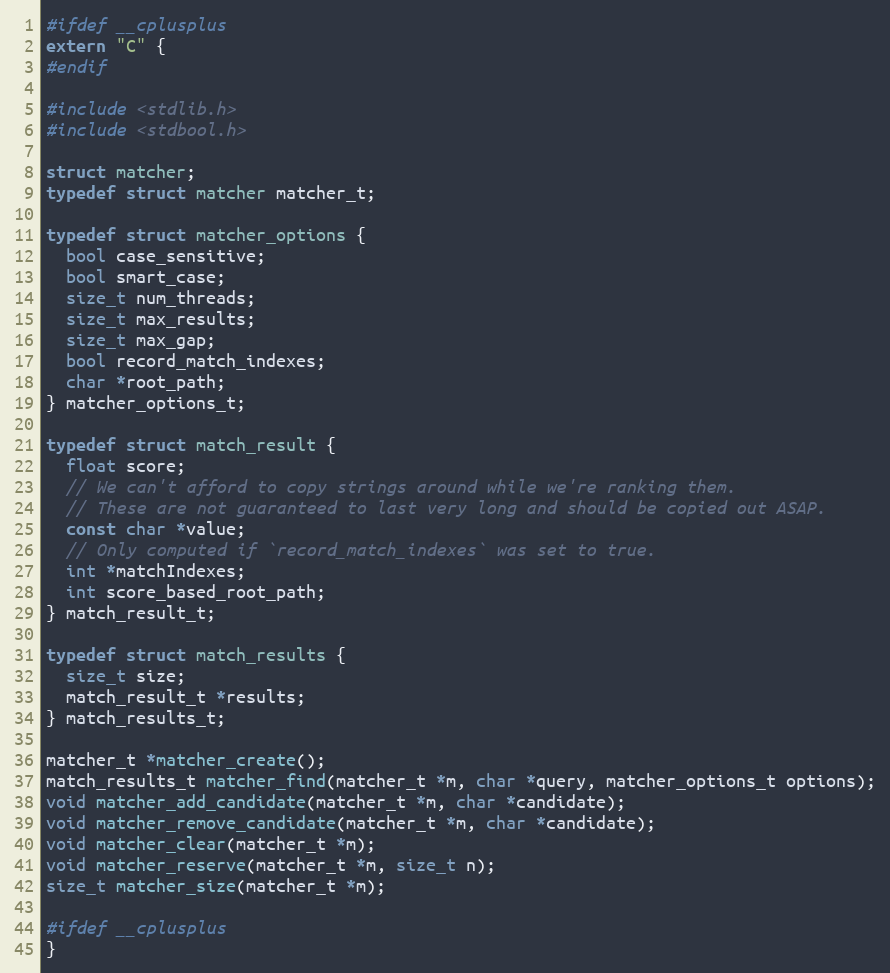
Language: C
#ifdef __cplusplus
extern "C" {
#endif

#include <stdlib.h>
#include <stdbool.h>

struct matcher;
typedef struct matcher matcher_t;

typedef struct matcher_options {
  bool case_sensitive;
  bool smart_case;
  size_t num_threads;
  size_t max_results;
  size_t max_gap;
  bool record_match_indexes;
  char *root_path;
} matcher_options_t;

typedef struct match_result {
  float score;
  // We can't afford to copy strings around while we're ranking them.
  // These are not guaranteed to last very long and should be copied out ASAP.
  const char *value;
  // Only computed if `record_match_indexes` was set to true.
  int *matchIndexes;
  int score_based_root_path;
} match_result_t;

typedef struct match_results {
  size_t size;
  match_result_t *results;
} match_results_t;

matcher_t *matcher_create();
match_results_t matcher_find(matcher_t *m, char *query, matcher_options_t options);
void matcher_add_candidate(matcher_t *m, char *candidate);
void matcher_remove_candidate(matcher_t *m, char *candidate);
void matcher_clear(matcher_t *m);
void matcher_reserve(matcher_t *m, size_t n);
size_t matcher_size(matcher_t *m);

#ifdef __cplusplus
}